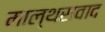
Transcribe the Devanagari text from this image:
माल्थसवाद